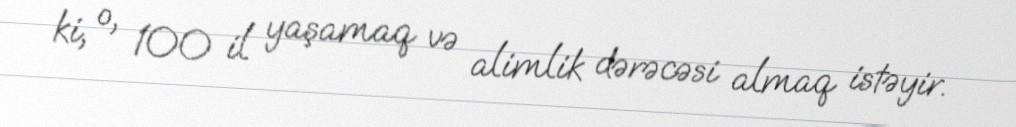
ki, o, 100 il yaşamaq və alimlik dərəcəsi almaq istəyir.